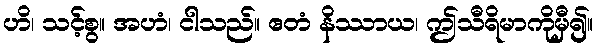
ဟိ၊ သင့်စွ။ အဟံ၊ ငါသည်။ ဧတံ နိဿာယ၊ ဤသီရိမာကိုမှီ၍။